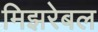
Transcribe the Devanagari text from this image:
मिझरेबल